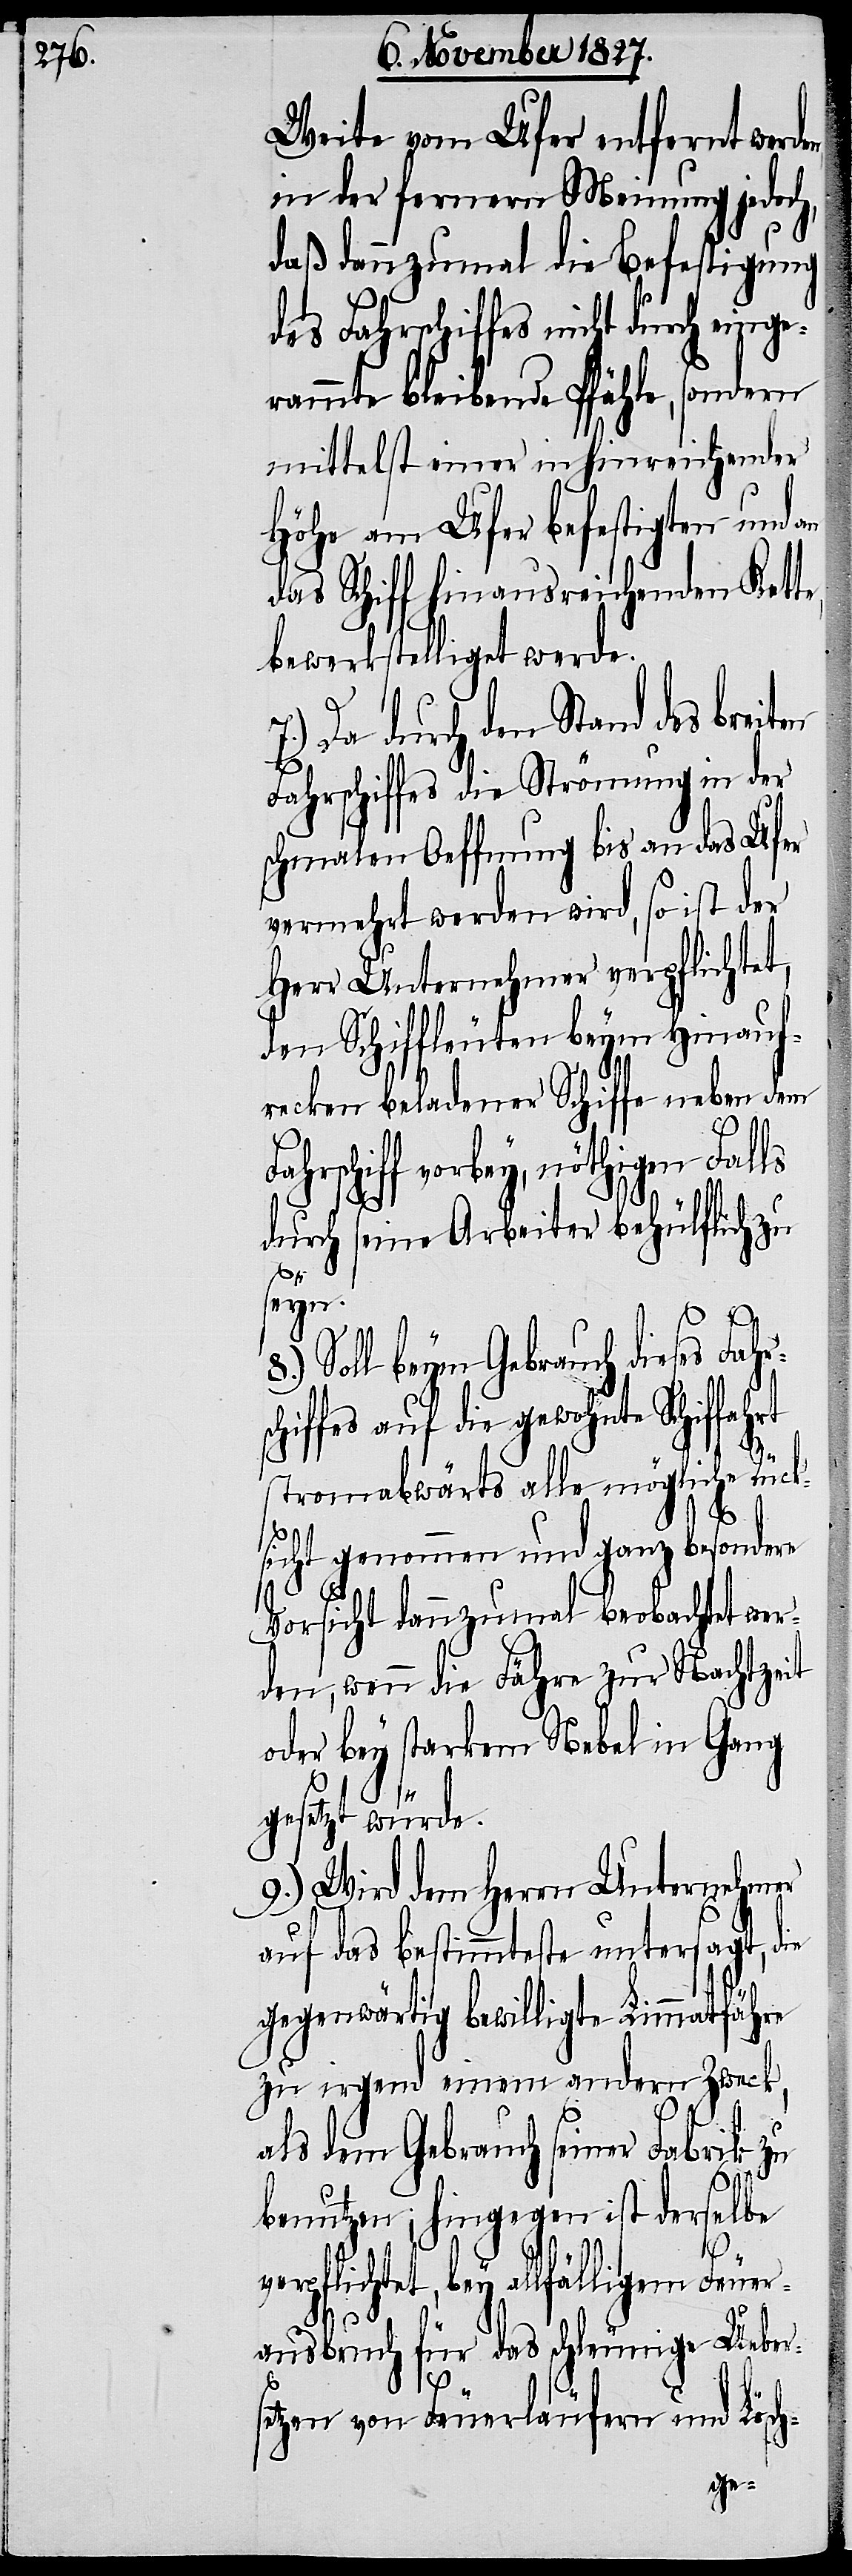
Weite vom Ufer entfernt werd¬
in der fernern Meinung jedoch,
daß dannzumal die Befestigung
des Fahrschiffes nicht durch eing¬
erammte bleibende Pfähle, sondern
mittelst einer in hinreichender
Höhe am Ufer befestigten und an
das Schiff hinausreichenden Kett¬
bewerkstelligt werde.
Da durch den Stand des brei¬
Fahrschiffes die Strömung in der
schmalen Oeffnung bis an das Ufer
vermehrt werden wird, so ist der
Herr Unternehmer verpflichtet,
den Schiffleuten beym Hinauf¬
recken beladener Schiffe neben dem
Fa¬
hrschiff vorbey, nöthigen Falls
durch seine Arbeiter behülflich zu
seyn.
Soll beym Gebrauch dieses Fahr¬
schiffes auf die gewohnte Schiffahrt
stromabwärts alle mögliche Rück¬
sicht genommen und ganz besondere
Vorsicht dannzumal beobachtet wer¬
den, wenn die Fähre zur Nachtzeit
oder bey starkem Nebel in Gang
e,
gesetzt würde.
9.) Wird dem Herrn Unternehmer
auf das bestimmteste untersagt, die
gegenwärtig bewilligte Limmatfähre
zu irgend einem andern Zweck,
7.)
als dem Gebrauch seiner Fabrik zu
benutzen; hingegen ist derselbe
verpflichtet, bey allfälligem Feuer¬
ausbruch für das schleunige Ueber¬
setzen von Feuerläufern und Lösch-